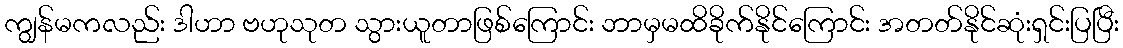
ကျွန်မကလည်း ဒါဟာ ဗဟုသုတ သွားယူတာဖြစ်ကြောင်း ဘာမှမထိခိုက်နိုင်ကြောင်း အတတ်နိုင်ဆုံးရှင်းပြပြီး